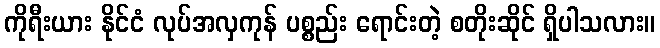
ကိုရီးယား နိုင်ငံ လုပ်အလှကုန် ပစ္စည်း ရောင်းတဲ့ စတိုးဆိုင် ရှိပါသလား။